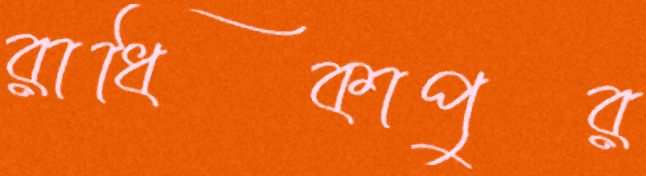
রাধিকাপুর